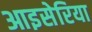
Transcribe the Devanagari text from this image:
आइसेरिया